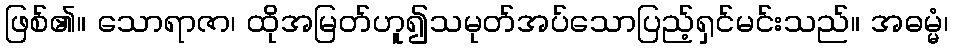
ဖြစ်၏။ သောရာဇာ၊ ထိုအမြတ်ဟူ၍သမုတ်အပ်သောပြည့်ရှင်မင်းသည်။ အဓမ္မံ၊